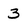
Character: 3